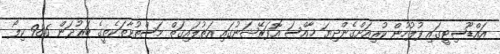
އައްޑޫސިޓީގައި ފުލުހުން ކުރިއަށްގެންދިޔަ ޚާއްސަ އޮފަރޭޝަނުގައި އަތުލައިގަތް މަސްތުވާތަކެތީގެ ބަރުދަން 98.6 ކިލޯ